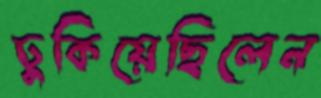
ঢুকিয়েছিলেন